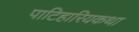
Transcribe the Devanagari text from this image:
पाटिहारियकथा